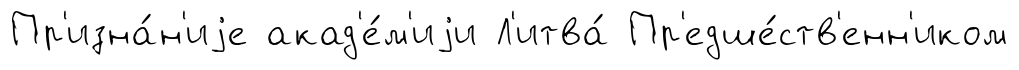
Пр'изна́н'иjе акад'е́м'иjи Л'итва́ Пр'едше́ств'енн'иком